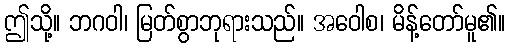
ဤသို့။ ဘဂဝါ၊ မြတ်စွာဘုရားသည်။ အဝေါစ၊ မိန့်တော်မူ၏။